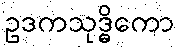
ဥဒကသုဒ္ဓိကော